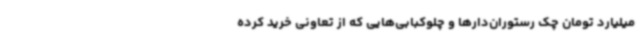
میلیارد تومان چک رستوران‌دارها و چلوکبابی‌هایی که از تعاونی خرید کرده